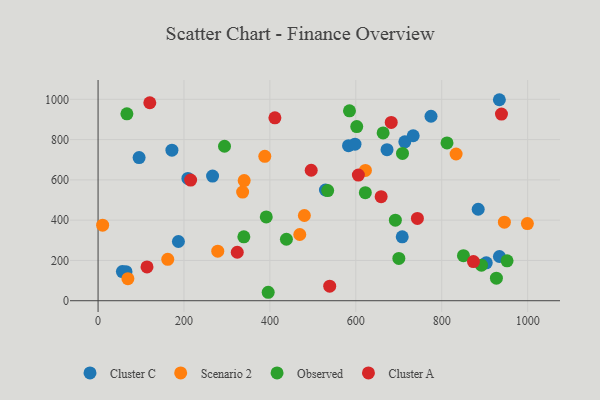
{"axis": {"x": "Experience", "y": "Sales"}, "legend": ["Cluster A", "Cluster C", "Observed", "Scenario 2"], "data": [{"x": "583.0", "y": 769.9, "type": "Cluster C"}, {"x": "775.0", "y": 915.9, "type": "Cluster C"}, {"x": "209.1", "y": 607.3, "type": "Cluster C"}, {"x": "903.6", "y": 188.2, "type": "Cluster C"}, {"x": "56.6", "y": 144.7, "type": "Cluster C"}, {"x": "171.9", "y": 747.6, "type": "Cluster C"}, {"x": "266.5", "y": 618.8, "type": "Cluster C"}, {"x": "598.0", "y": 777.4, "type": "Cluster C"}, {"x": "884.8", "y": 454.2, "type": "Cluster C"}, {"x": "708.0", "y": 317.4, "type": "Cluster C"}, {"x": "65.0", "y": 144.3, "type": "Cluster C"}, {"x": "714.0", "y": 788.9, "type": "Cluster C"}, {"x": "934.1", "y": 998.0, "type": "Cluster C"}, {"x": "733.5", "y": 819.2, "type": "Cluster C"}, {"x": "934.2", "y": 219.7, "type": "Cluster C"}, {"x": "672.6", "y": 750.0, "type": "Cluster C"}, {"x": "187.0", "y": 294.1, "type": "Cluster C"}, {"x": "529.3", "y": 549.8, "type": "Cluster C"}, {"x": "95.5", "y": 710.6, "type": "Cluster C"}, {"x": "278.6", "y": 246.2, "type": "Scenario 2"}, {"x": "833.4", "y": 728.6, "type": "Scenario 2"}, {"x": "336.5", "y": 539.7, "type": "Scenario 2"}, {"x": "162.2", "y": 205.4, "type": "Scenario 2"}, {"x": "469.5", "y": 328.9, "type": "Scenario 2"}, {"x": "388.1", "y": 717.2, "type": "Scenario 2"}, {"x": "945.8", "y": 390.0, "type": "Scenario 2"}, {"x": "69.4", "y": 109.7, "type": "Scenario 2"}, {"x": "340.1", "y": 596.8, "type": "Scenario 2"}, {"x": "622.3", "y": 647.2, "type": "Scenario 2"}, {"x": "480.2", "y": 423.2, "type": "Scenario 2"}, {"x": "999.3", "y": 383.0, "type": "Scenario 2"}, {"x": "10.6", "y": 375.0, "type": "Scenario 2"}, {"x": "534.5", "y": 547.0, "type": "Observed"}, {"x": "339.3", "y": 317.1, "type": "Observed"}, {"x": "67.1", "y": 928.2, "type": "Observed"}, {"x": "585.2", "y": 943.1, "type": "Observed"}, {"x": "391.5", "y": 416.0, "type": "Observed"}, {"x": "812.2", "y": 783.4, "type": "Observed"}, {"x": "622.1", "y": 536.7, "type": "Observed"}, {"x": "700.1", "y": 210.3, "type": "Observed"}, {"x": "850.5", "y": 223.5, "type": "Observed"}, {"x": "663.5", "y": 833.3, "type": "Observed"}, {"x": "708.6", "y": 731.6, "type": "Observed"}, {"x": "396.0", "y": 42.0, "type": "Observed"}, {"x": "438.4", "y": 305.2, "type": "Observed"}, {"x": "294.3", "y": 767.0, "type": "Observed"}, {"x": "927.2", "y": 111.8, "type": "Observed"}, {"x": "952.0", "y": 198.3, "type": "Observed"}, {"x": "892.4", "y": 176.6, "type": "Observed"}, {"x": "602.1", "y": 864.5, "type": "Observed"}, {"x": "692.0", "y": 400.1, "type": "Observed"}, {"x": "120.4", "y": 983.0, "type": "Cluster A"}, {"x": "605.9", "y": 624.1, "type": "Cluster A"}, {"x": "324.0", "y": 240.7, "type": "Cluster A"}, {"x": "113.9", "y": 167.9, "type": "Cluster A"}, {"x": "496.1", "y": 647.9, "type": "Cluster A"}, {"x": "411.6", "y": 908.0, "type": "Cluster A"}, {"x": "873.8", "y": 194.6, "type": "Cluster A"}, {"x": "682.4", "y": 885.1, "type": "Cluster A"}, {"x": "743.3", "y": 408.5, "type": "Cluster A"}, {"x": "939.0", "y": 926.9, "type": "Cluster A"}, {"x": "539.2", "y": 72.3, "type": "Cluster A"}, {"x": "658.9", "y": 516.7, "type": "Cluster A"}, {"x": "215.4", "y": 598.9, "type": "Cluster A"}]}